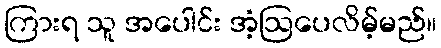
ကြားရ သူ အပေါင်း အံ့ဩပေလိမ့်မည်။